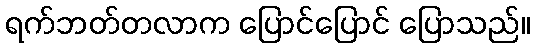
ရက်ဘတ်တလာက ပြောင်ပြောင် ပြောသည်။